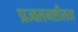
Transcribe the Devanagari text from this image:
प्रज्वलनशीलता